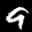
Label: 9